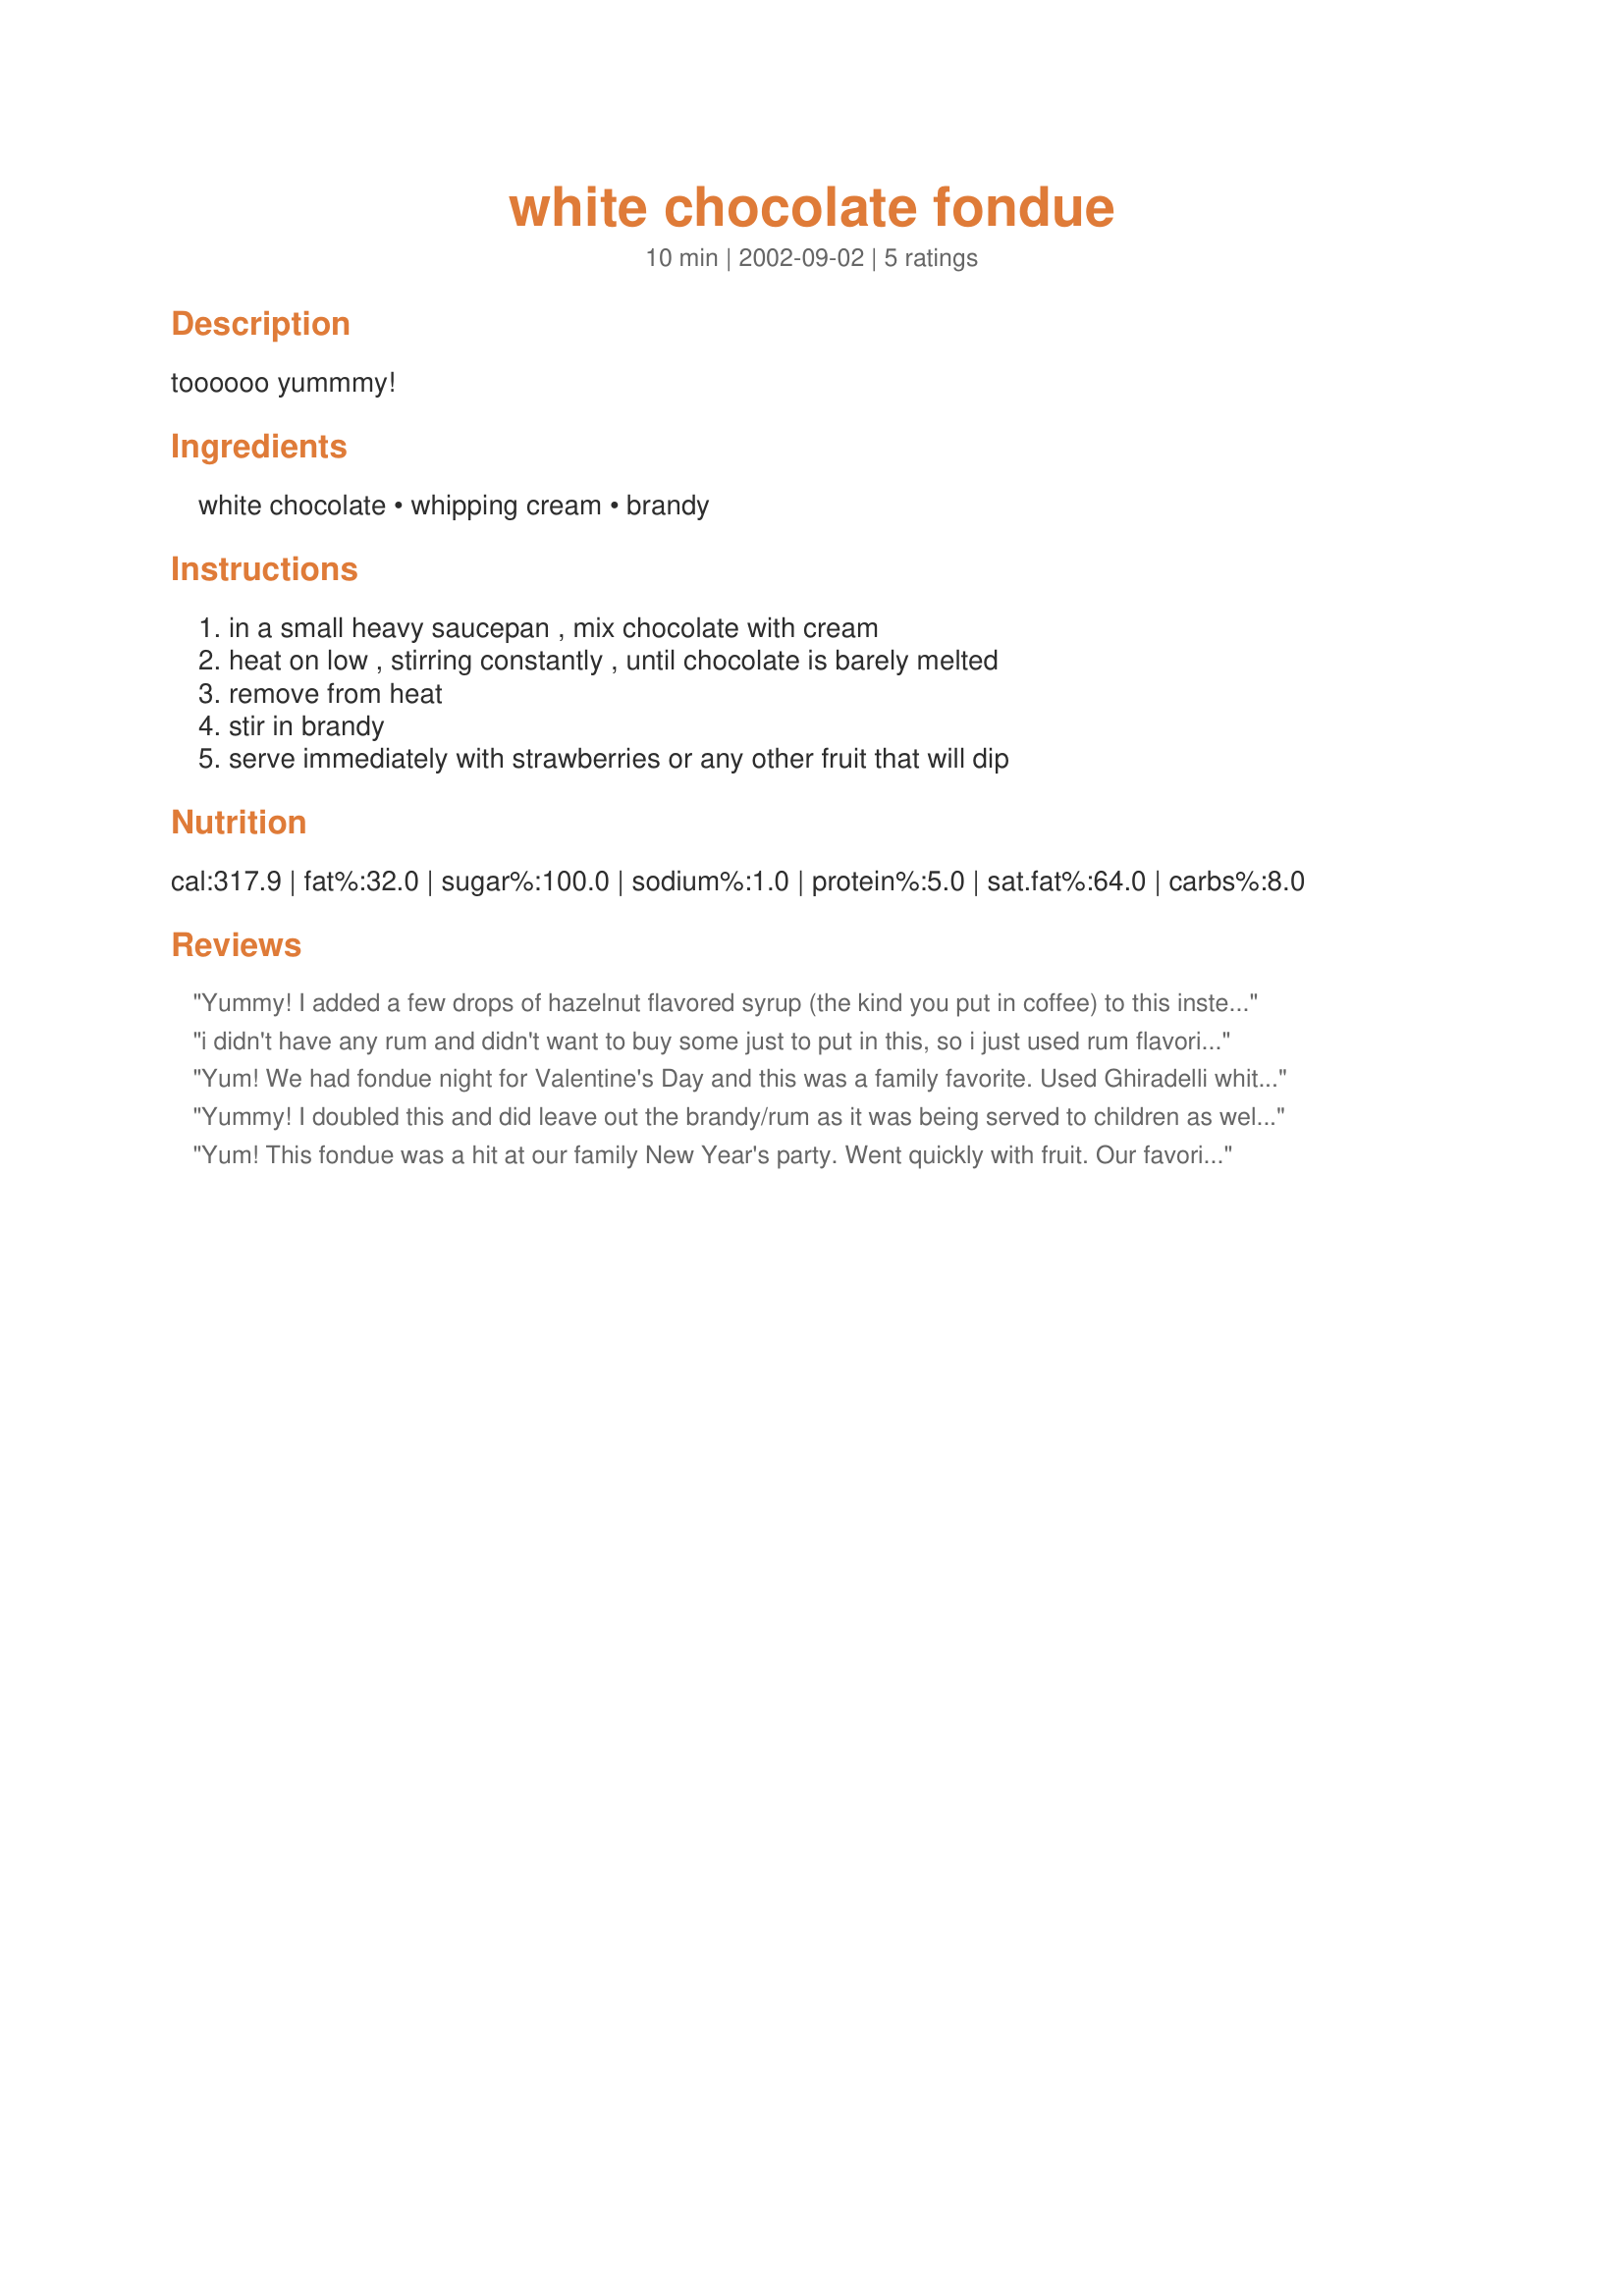
white chocolate fondue
Preparation time: 10 minutes

toooooo yummmy!

Ingredients:
white chocolate, whipping cream, brandy

Steps:
in a small heavy saucepan , mix chocolate with cream, heat on low , stirring constantly , until chocolate is barely melted, remove from heat, stir in brandy, serve immediately with strawberries or any other fruit that will dip

Reviews:
Yummy! I added a few drops of hazelnut flavored syrup (the kind you put in coffee) to this instead of rum and served it with strawberries. It was great, my Husband loved it. It is extremely easy, elegant, and fun.
i didn't have any rum and didn't want to buy some just to put in this, so i just used rum flavoring. we served this with pretzels, strawberries, marshmallows, and pound cake. yum!
Yum! We had fondue night for Valentine's Day and this was a family favorite. Used Ghiradelli white chocolate, the kind in bars, and 1/2 t rum extract instead of brandy or rum. For dippers, used biscotti, pound cake cubes, frozen cheesecake cubes, whole strawberries, fresh pineapple chunks, banana, apple slices, marshmallows, vanilla wafers, and honey wheat pretzels. Made and served in a mini dip sized crockpot. Thanks for sharing the recipe!
Yummy! I doubled this and did leave out the brandy/rum as it was being served to children as well as adults, but think it would be great with, as well. We served with strawberries & pretzels and it got many compliments. Thanks!
Yum! This fondue was a hit at our family New Year's party. Went quickly with fruit. Our favorite dippers were strawberries and bananas. We also used pineapple, apples, pretzels, and pound cake.
